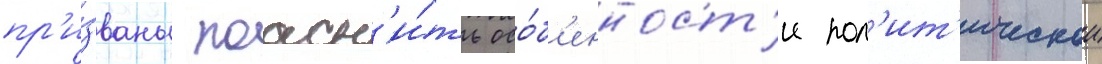
пр'и́званы поасн'и́ть осо́б'енност'и пол'ит'ическои